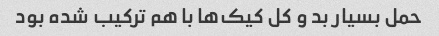
حمل بسیار بد و کل کیک‌ها با هم ترکیب شده بود